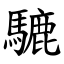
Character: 騼